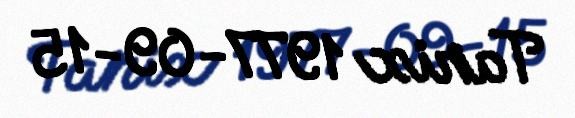
Tarix 1977-09-15